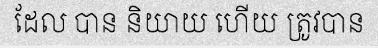
ដែល បាន និយាយ ហើយ ត្រូវបាន